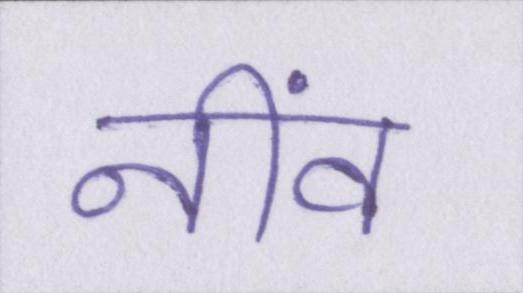
नींव